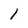
Character: 1